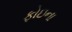
ફોઇના